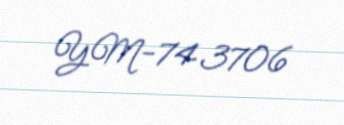
YM-743706